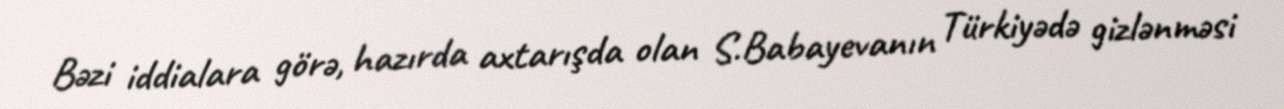
Bəzi iddialara görə, hazırda axtarışda olan S.Babayevanın Türkiyədə gizlənməsi